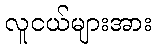
လူငယ်များအား